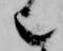
也